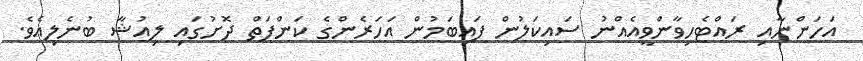
އަހަންނާއި ރައްޓެހިވާންވީއެއްނު ސައިކަލުން ފައިބަމުން އަހަރެންގެ ކަންފަތް ދޮށުގައި ލިއުޝާ ބުނެލިއެވެ.